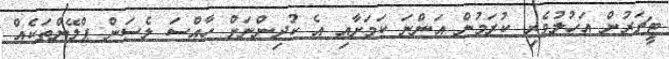
ޓީޗަރުން އަހުލުވެރި ކުރަމުން އަންނަ ކަމަށާއި އެ ކުދިންނަށް ހާއްސަ ލެސަން ޕްލޭންތަކެއް